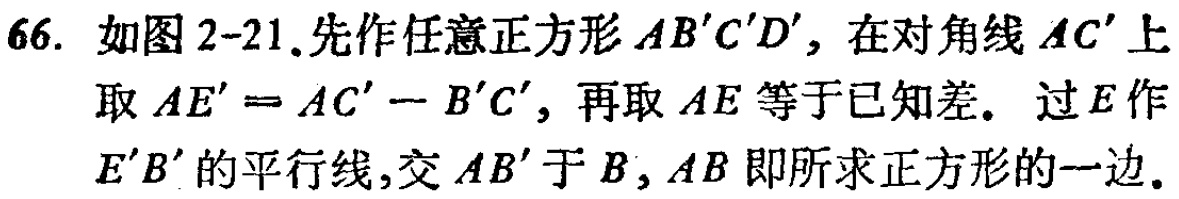
66. 如图2-21.先作任意正方形 \(AB'C'D'\)，在对角线 \(AC'\) 上取 \(AE' = AC' - B'C'\)，再取 \(AE\) 等于已知差. 过 \(E\) 作 \(E'B'\) 的平行线,交 \(AB'\) 于 \(B\)，\(AB\) 即所求正方形的一边.